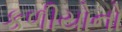
કળીયોનો